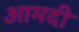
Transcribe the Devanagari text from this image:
आमदी